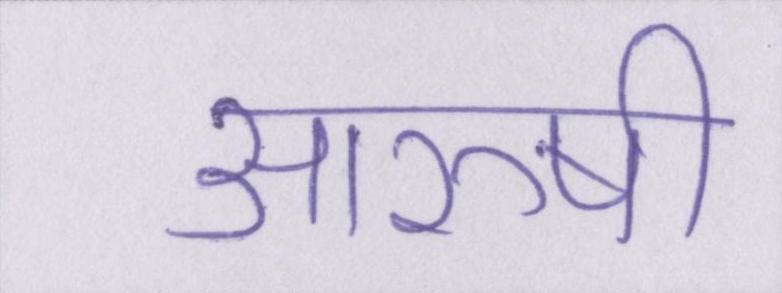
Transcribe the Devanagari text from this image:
आरुषी